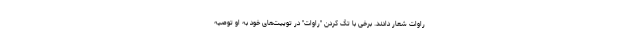
راوات شعار دادند. برخی با تگ کردن "راوات" در توییت‌های خود به او توصیه